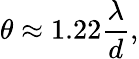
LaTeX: \theta\approx 1.22{\frac{\lambda}{d}},